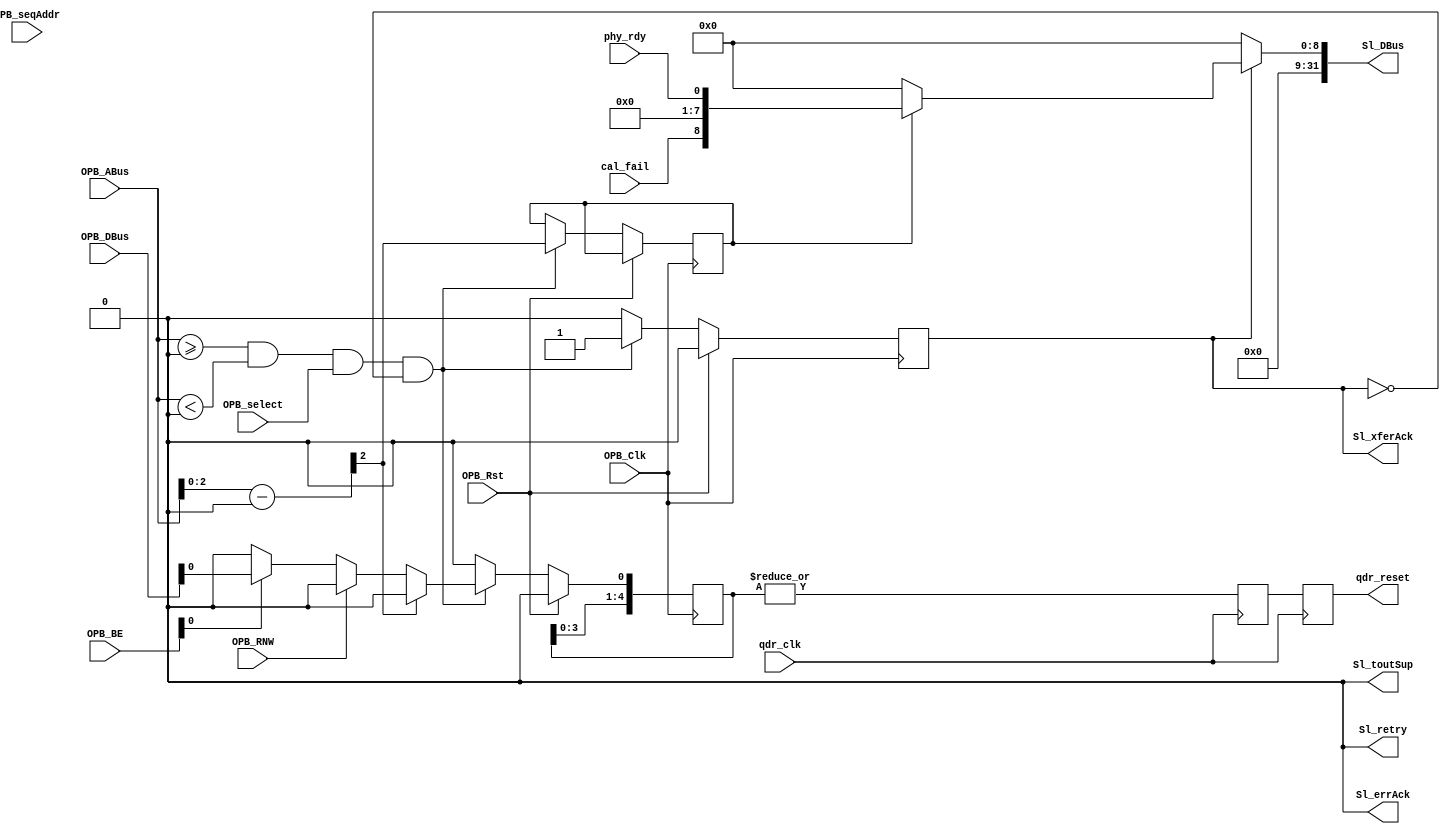
module qdr_config #(
    /* config IF */
    parameter C_BASEADDR     = 0,
    parameter C_HIGHADDR     = 0,
    parameter C_OPB_AWIDTH   = 0,
    parameter C_OPB_DWIDTH   = 0
  )(
    input  OPB_Clk,
    input  OPB_Rst,
    output [0:31] Sl_DBus,
    output Sl_errAck,
    output Sl_retry,
    output Sl_toutSup,
    output Sl_xferAck,
    input  [0:31] OPB_ABus,
    input  [0:3]  OPB_BE,
    input  [0:31] OPB_DBus,
    input  OPB_RNW,
    input  OPB_select,
    input  OPB_seqAddr,
    output qdr_reset,
    input  cal_fail,
    input  phy_rdy,
    input  qdr_clk
  );

  /************************** Registers *******************************/

  localparam REG_RESET  = 0;
  localparam REG_STATUS = 1;

  /**************** Control Registers OPB Attachment ******************/
  
  /* OPB Address Decoding */
  wire [31:0] opb_addr = OPB_ABus - C_BASEADDR;
  wire opb_sel = (OPB_ABus >= C_BASEADDR && OPB_ABus < C_HIGHADDR) && OPB_select;


  /* OPB Registers */
  reg Sl_xferAck_reg;
  reg opb_data_sel;

  reg [4:0] qdr_reset_shifter;

  always @(posedge OPB_Clk) begin
    qdr_reset_shifter <= {qdr_reset_shifter[3:0], 1'b0};
   
    Sl_xferAck_reg <= 1'b0;

    if (OPB_Rst) begin
    end else begin
      if (opb_sel && !Sl_xferAck_reg) begin
        Sl_xferAck_reg <= 1'b1;
        opb_data_sel        <= opb_addr[2:2];

        case (opb_addr[2:2])  /* convert byte to word addressing */
          REG_RESET: begin
            if (!OPB_RNW) begin
              if (OPB_BE[3])
                qdr_reset_shifter[0] <= OPB_DBus[31];
            end
          end
        endcase
      end
    end
  end

  /* Continuous Read Logic */
  reg [0:31] Sl_DBus_reg;

  always @(*) begin
    if (Sl_xferAck_reg) begin
      case (opb_data_sel) 
        REG_STATUS: begin
          Sl_DBus_reg <= {16'b0, 7'b0, cal_fail, 7'b0, phy_rdy};
        end
        default: begin
          Sl_DBus_reg <= 32'h0;
        end
      endcase
    end else begin
      Sl_DBus_reg <= 32'b0;
    end
  end

  /* OPB output assignments */

  assign Sl_errAck   = 1'b0;
  assign Sl_retry    = 1'b0;
  assign Sl_toutSup  = 1'b0;
  assign Sl_xferAck  = Sl_xferAck_reg;
  assign Sl_DBus     = Sl_DBus_reg;

  /* */
  reg qdr_reset_R;
  reg qdr_reset_RR;
  always @(posedge qdr_clk) begin
    qdr_reset_R  <= |qdr_reset_shifter;
    qdr_reset_RR <= qdr_reset_R;
  end
  assign qdr_reset = qdr_reset_RR;

endmodule